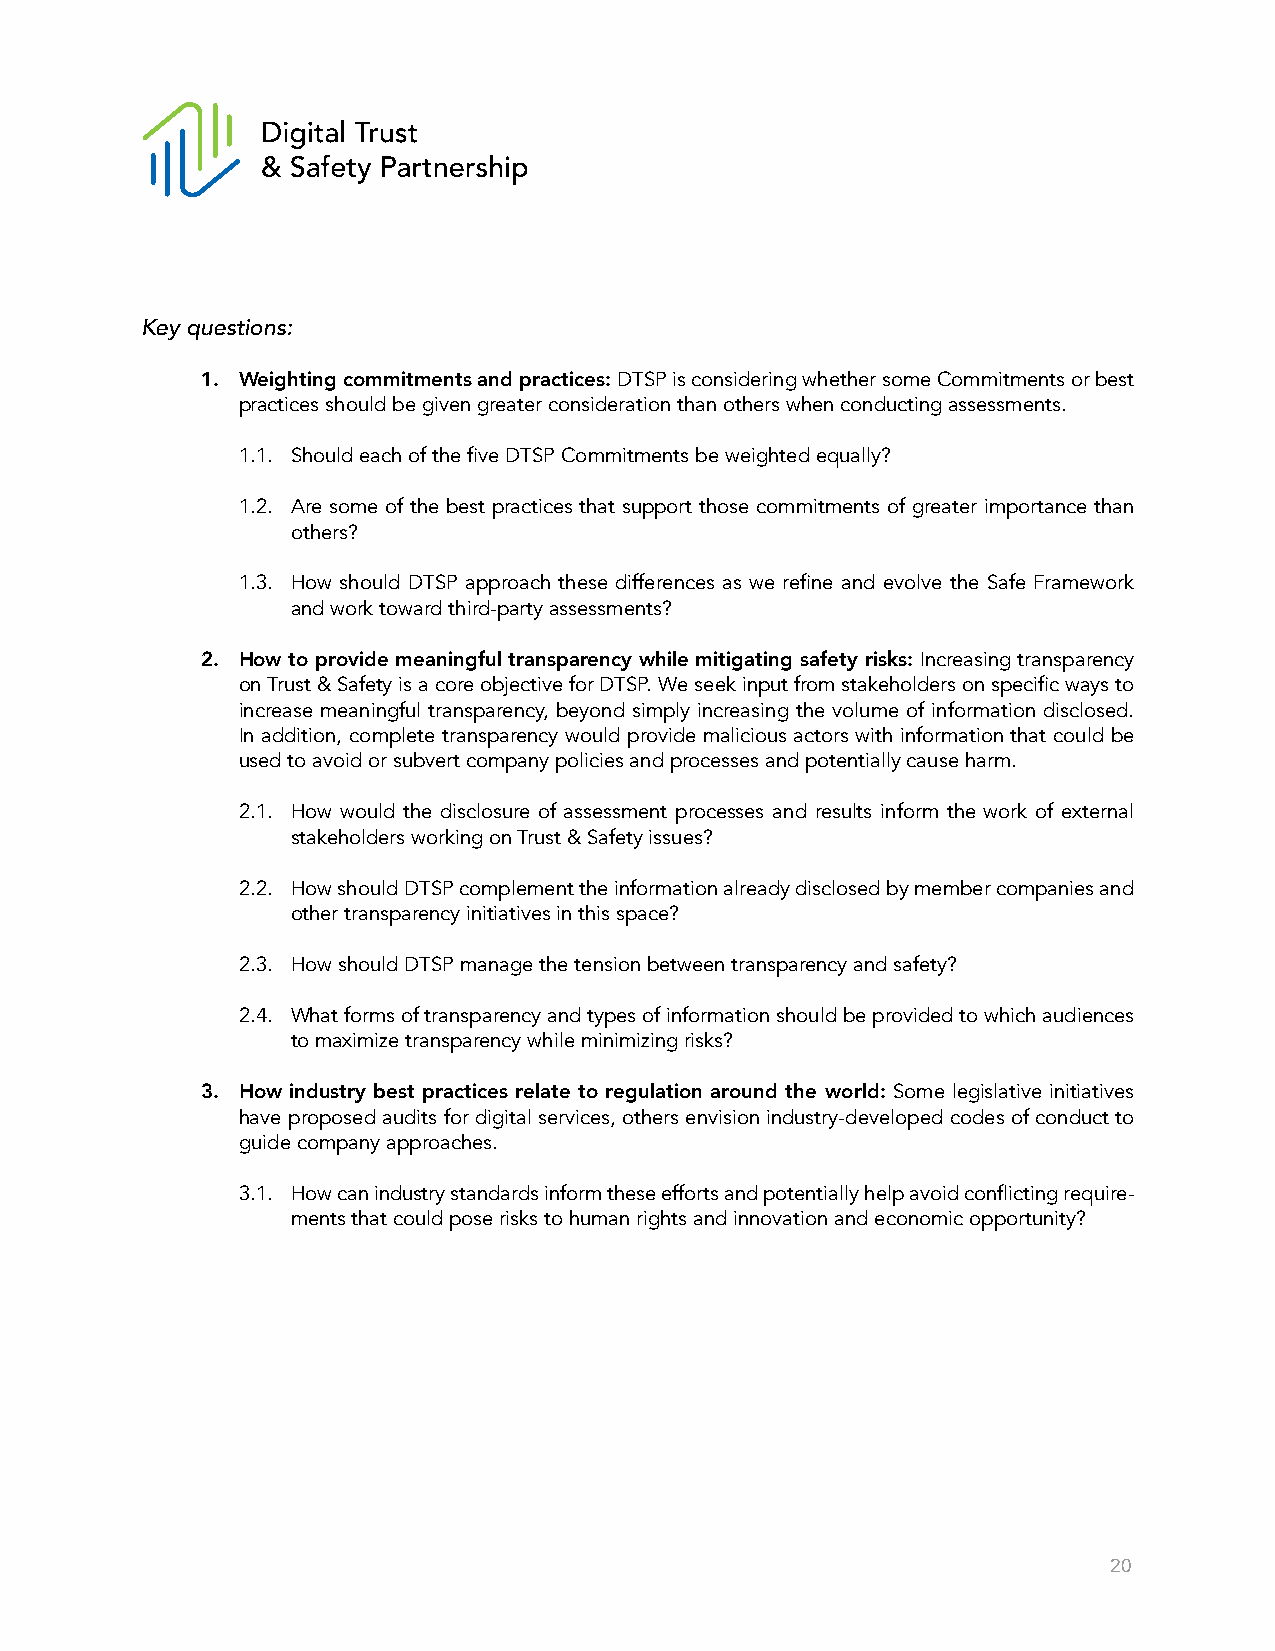
Key questions:
 1. Weighting commitments and practices: DTSP is considering whether some Commitments or best
 practices should be given greater consideration than others when conducting assessments.
 1.1. Should each of the five DTSP Commitments be weighted equally?
 1.2. Are some of the best practices that support those commitments of greater importance than
 others?
 1.3. How should DTSP approach these differences as we refine and evolve the Safe Framework
 and work toward third-party assessments?
 2. How to provide meaningful transparency while mitigating safety risks: Increasing transparency
 on Trust & Safety is a core objective for DTSP. We seek input from stakeholders on specific ways to
 increase meaningful transparency, beyond simply increasing the volume of information disclosed.
 In addition, complete transparency would provide malicious actors with information that could be
 used to avoid or subvert company policies and processes and potentially cause harm.
 2.1. How would the disclosure of assessment processes and results inform the work of external
 stakeholders working on Trust & Safety issues?
 2.2. How should DTSP complement the information already disclosed by member companies and
 other transparency initiatives in this space?
 2.3. How should DTSP manage the tension between transparency and safety?
 2.4. What forms of transparency and types of information should be provided to which audiences
 to maximize transparency while minimizing risks?
 3. How industry best practices relate to regulation around the world: Some legislative initiatives
 have proposed audits for digital services, others envision industry-developed codes of conduct to
 guide company approaches.
 3.1. How can industry standards inform these efforts and potentially help avoid conflicting require-
 ments that could pose risks to human rights and innovation and economic opportunity?
 20